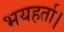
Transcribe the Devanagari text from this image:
भयहर्ता।